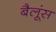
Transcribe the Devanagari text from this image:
बैलूंस